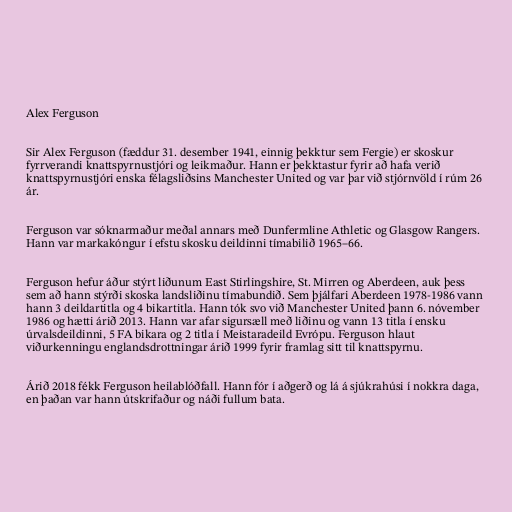
Alex Ferguson

Sir Alex Ferguson (fæddur 31. desember 1941, einnig þekktur sem Fergie) er skoskur
fyrrverandi knattspyrnustjóri og leikmaður. Hann er þekktastur fyrir að hafa verið
knattspyrnustjóri enska félagsliðsins Manchester United og var þar við stjórnvöld í rúm 26
ár.

Ferguson var sóknarmaður meðal annars með Dunfermline Athletic og Glasgow Rangers.
Hann var markakóngur í efstu skosku deildinni tímabilið 1965–66.

Ferguson hefur áður stýrt liðunum East Stirlingshire, St. Mirren og Aberdeen, auk þess
sem að hann stýrði skoska landsliðinu tímabundið. Sem þjálfari Aberdeen 1978-1986 vann
hann 3 deildartitla og 4 bikartitla. Hann tók svo við Manchester United þann 6. nóvember
1986 og hætti árið 2013. Hann var afar sigursæll með liðinu og vann 13 titla í ensku
úrvalsdeildinni, 5 FA bikara og 2 titla í Meistaradeild Evrópu. Ferguson hlaut
viðurkenningu englandsdrottningar árið 1999 fyrir framlag sitt til knattspyrnu.

Árið 2018 fékk Ferguson heilablóðfall. Hann fór í aðgerð og lá á sjúkrahúsi í nokkra daga,
en þaðan var hann útskrifaður og náði fullum bata.